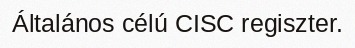
Általános célú CISC regiszter.